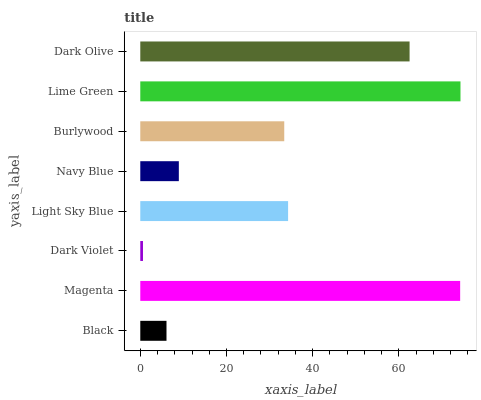
| yaxis_label | bars |
 | --- | --- |
 | Black | 6.08 |
 | Magenta | 74.2 |
 | Dark Violet | 0.624 |
 | Light Sky Blue | 34.3 |
 | Navy Blue | 8.94 |
 | Burlywood | 33.4 |
 | Lime Green | 74.3 |
 | Dark Olive | 62.5 |